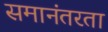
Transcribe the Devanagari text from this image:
समानंतरता